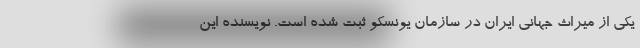
یکی از میراث جهانی ایران در سازمان یونسکو ثبت شده است. نویسنده این